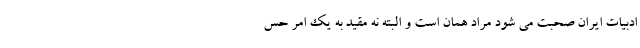
ادبیات ایران صحبت می شود مراد همان است و البته نه مقید به یک امر حس